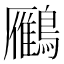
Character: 𪆒